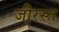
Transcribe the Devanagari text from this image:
जीरस्त